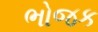
ભોજક